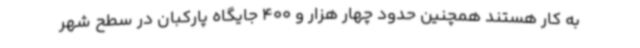
به کار هستند همچنین حدود چهار هزار و 400 جایگاه پارکبان در سطح شهر